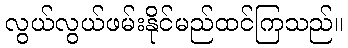
လွယ်လွယ်ဖမ်းနိုင်မည်ထင်ကြသည်။